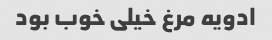
ادویه مرغ خیلی خوب بود